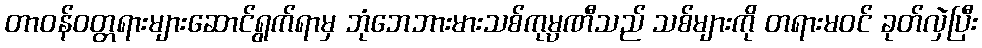
တာဝန်ဝတ္တရားများဆောင်ရွက်ရာမှ ဘုံဘေဘားမားသစ်ကုမ္ပဏီသည် သစ်များကို တရားမဝင် ခုတ်လှဲပြီး